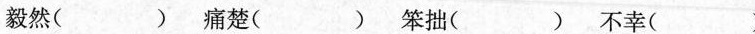
毅然( ) 痛楚( ) 笨拙( ) 不幸( )